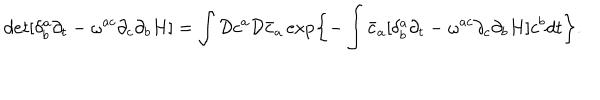
LaTeX: d e t [ \delta _ { b } ^ { a } \partial _ { t } - \omega ^ { a c } \partial _ { c } \partial _ { b } H ] = \int { \cal D } c ^ { a } { \cal D } { \bar { c } } _ { a } \exp \left\{ - \int { \bar { c } } _ { a } [ \delta _ { b } ^ { a } \partial _ { t } - \omega ^ { a c } \partial _ { c } \partial _ { b } H ] c ^ { b } d t \right\} .